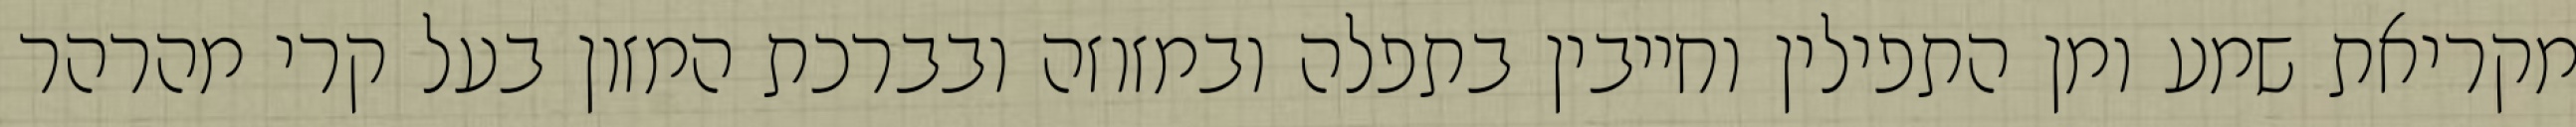
מקריאת שמע ומן התפילין וחייבין בתפלה ובמזוזה ובברכת המזון בעל קרי מהרהר